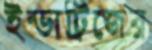
ইন্ডাট্রিজের